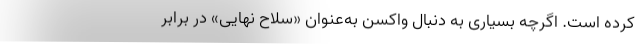
کرده است. اگرچه بسیاری به دنبال واکسن به‌عنوان «سلاح نهایی» در برابر